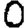
Digit: 0